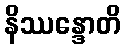
နိဿန္ဒောတိ